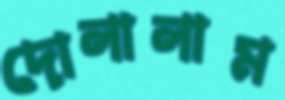
দোলালাম